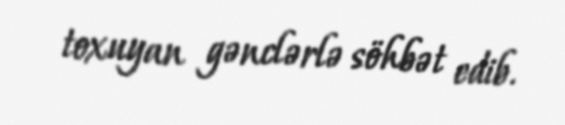
toxuyan gənclərlə söhbət edib.